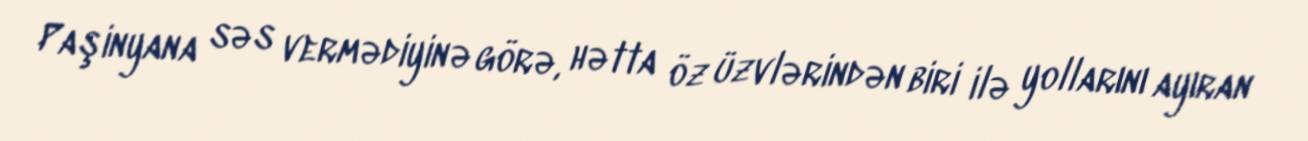
Paşinyana səs vermədiyinə görə, hətta öz üzvlərindən biri ilə yollarını ayıran